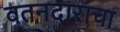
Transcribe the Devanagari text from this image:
वतनदाराचा